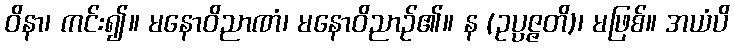
ဝိနာ၊ ကင်း၍။ မနောဝိညာဏံ၊ မနောဝိညာဉ်၏။ န (ဥပ္ပဇ္ဇတိ)၊ မဖြစ်။ အယံပိ